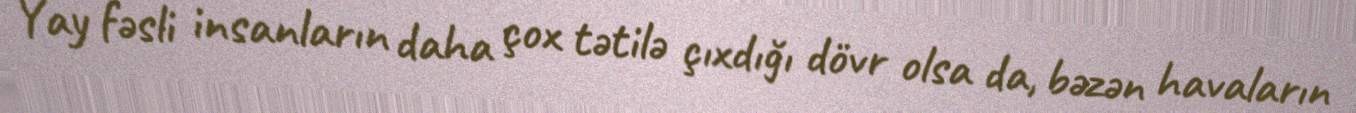
Yay fəsli insanların daha çox tətilə çıxdığı dövr olsa da, bəzən havaların